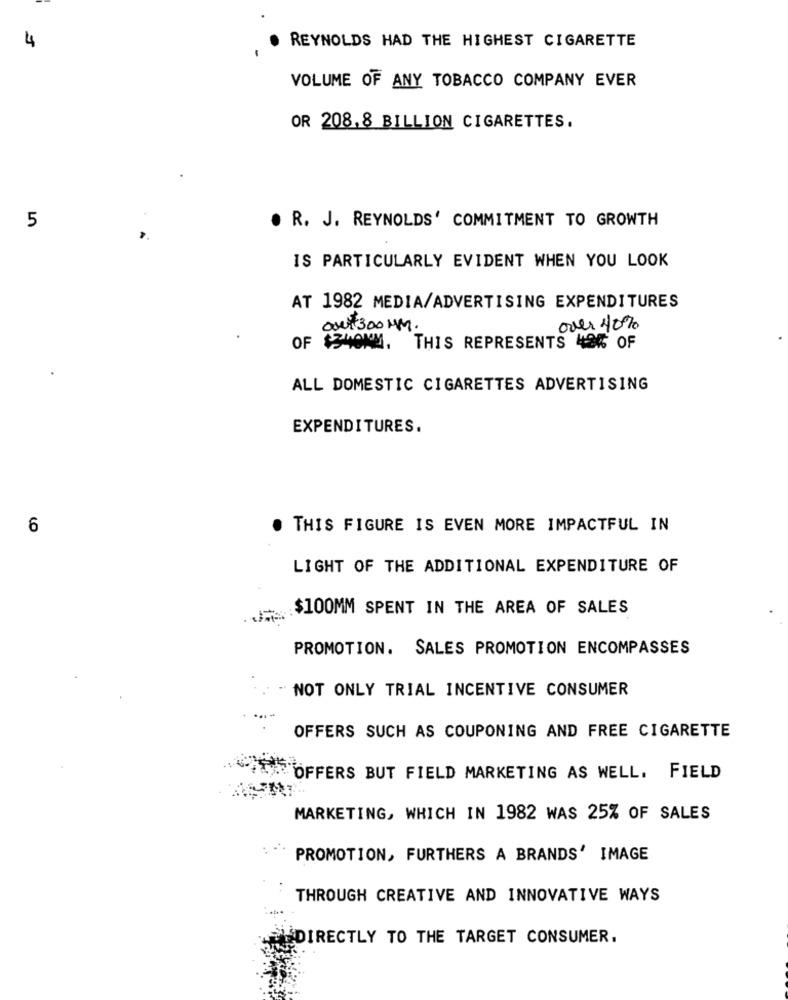
4
REYNOLDS HAD THE HIGHEST CIGARETTE
VOLUME OF ANY TOBACCO COMPANY EVER
OR 208.8 BILLION CIGARETTES.
5
. R. J. REYNOLDS' COMMITMENT TO GROWTH
IS PARTICULARLY EVIDENT WHEN YOU LOOK
AT 1982 MEDIA/ADVERTISING EXPENDITURES
aw 300 MM.
over 40%
OF $34ONM. THIS REPRESENTS 40% OF
ALL DOMESTIC CIGARETTES ADVERTISING
EXPENDITURES.
6
THIS FIGURE IS EVEN MORE IMPACTFUL IN
LIGHT OF THE ADDITIONAL EXPENDITURE OF
$100MM SPENT IN THE AREA OF SALES
PROMOTION. SALES PROMOTION ENCOMPASSES
NOT ONLY TRIAL INCENTIVE CONSUMER
OFFERS SUCH AS COUPONING AND FREE CIGARETTE
"OFFERS BUT FIELD MARKETING AS WELL. FIELD
MARKETING, WHICH IN 1982 WAS 25% OF SALES
PROMOTION, FURTHERS A BRANDS' IMAGE
THROUGH CREATIVE AND INNOVATIVE WAYS
EDIRECTLY TO THE TARGET CONSUMER.